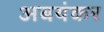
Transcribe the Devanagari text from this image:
अबयंकर